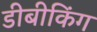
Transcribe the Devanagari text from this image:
डीबीकिंग